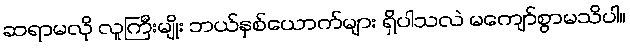
ဆရာမလို လူကြီးမျိုး ဘယ်နှစ်ယောက်များ ရှိပါသလဲ မကျော်စွာမသိပါ။